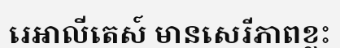
រេអាលីតេស៍ មានសេរីភាពខ្លះ